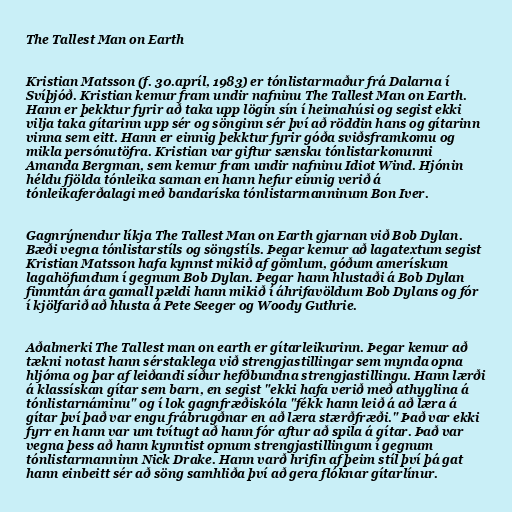
The Tallest Man on Earth

Kristian Matsson (f. 30.apríl, 1983) er tónlistarmaður frá Dalarna í
Svíþjóð. Kristian kemur fram undir nafninu The Tallest Man on Earth.
Hann er þekktur fyrir að taka upp lögin sín í heimahúsi og segist ekki
vilja taka gítarinn upp sér og sönginn sér því að röddin hans og gítarinn
vinna sem eitt. Hann er einnig þekktur fyrir góða sviðsframkomu og
mikla persónutöfra. Kristian var giftur sænsku tónlistarkonunni
Amanda Bergman, sem kemur fram undir nafninu Idiot Wind. Hjónin
héldu fjölda tónleika saman en hann hefur einnig verið á
tónleikaferðalagi með bandaríska tónlistarmanninum Bon Iver.

Gagnrýnendur líkja The Tallest Man on Earth gjarnan við Bob Dylan.
Bæði vegna tónlistarstíls og söngstíls. Þegar kemur að lagatextum segist
Kristian Matsson hafa kynnst mikið af gömlum, góðum amerískum
lagahöfundum í gegnum Bob Dylan. Þegar hann hlustaði á Bob Dylan
fimmtán ára gamall pældi hann mikið í áhrifavöldum Bob Dylans og fór
í kjölfarið að hlusta á Pete Seeger og Woody Guthrie.

Aðalmerki The Tallest man on earth er gítarleikurinn. Þegar kemur að
tækni notast hann sérstaklega við strengjastillingar sem mynda opna
hljóma og þar af leiðandi síður hefðbundna strengjastillingu. Hann lærði
á klassískan gítar sem barn, en segist "ekki hafa verið með athyglina á
tónlistarnáminu" og í lok gagnfræðiskóla "fékk hann leið á að læra á
gítar því það var engu frábrugðnar en að læra stærðfræði." Það var ekki
fyrr en hann var um tvítugt að hann fór aftur að spila á gítar. Það var
vegna þess að hann kynntist opnum strengjastillingum í gegnum
tónlistarmanninn Nick Drake. Hann varð hrifin af þeim stíl því þá gat
hann einbeitt sér að söng samhliða því að gera flóknar gítarlínur.